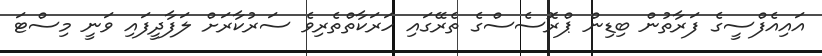
އައިއެފްސީގެ ފަރާތުން ބިޑިން ޕްރޮސެސްގެ ތެރޭގައި ހަރަކާތްތެރިވެ ސަރުކާރަށް ލަފާދީފައި ވަނީ މިސްޓަ